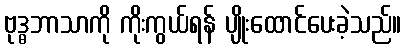
ဗုဒ္ဓဘာသာကို ကိုးကွယ်ရန် ပျိုးထောင်ပေးခဲ့သည်။